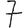
Digit: 7